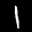
Label: 1